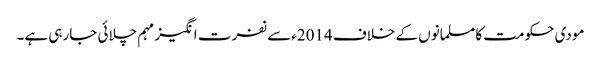
مودی حکومت کا مسلمانوں کے خلاف 2014ءسے نفرت انگیز مہم چلائی جارہی ہے۔